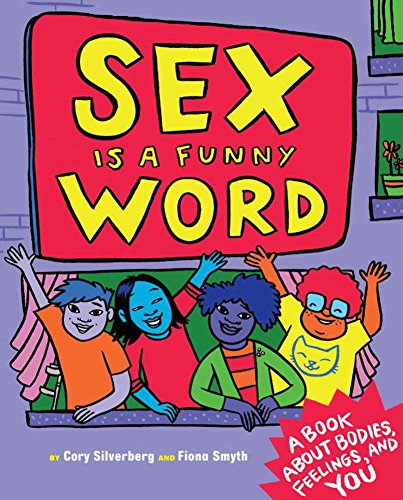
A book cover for Sex is a Funny Word: A Book about Bodies, Feelings, and YOU; Cory Silverberg; Children's Books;